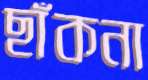
ছাঁকনা